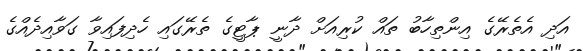
އަދި އެތެރޭގެ އިންތިހާބު ތައް ކުރިއަށް ދާނީ ޕާޓީގެ ތެރޭގައި ހެދިފައިވާ ގަވާއިދެއްގެ